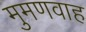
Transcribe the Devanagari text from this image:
मुमणवाह